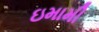
ઇમામી